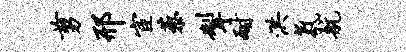
剪邢宦藜掣耐洪氛航